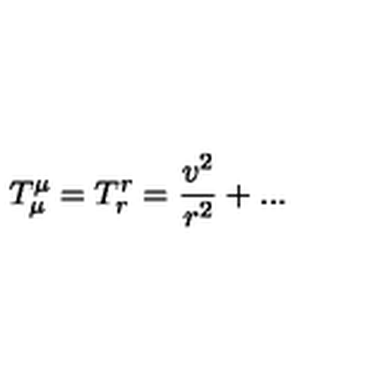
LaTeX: T _ { \mu } ^ { \mu } = T _ { r } ^ { r } = { \frac { v ^ { 2 } } { r ^ { 2 } } } + . . .